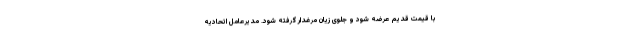
با قیمت قدیم عرضه شود و جلوی زیان مرغدار گرفته شود. مدیرعامل اتحادیه